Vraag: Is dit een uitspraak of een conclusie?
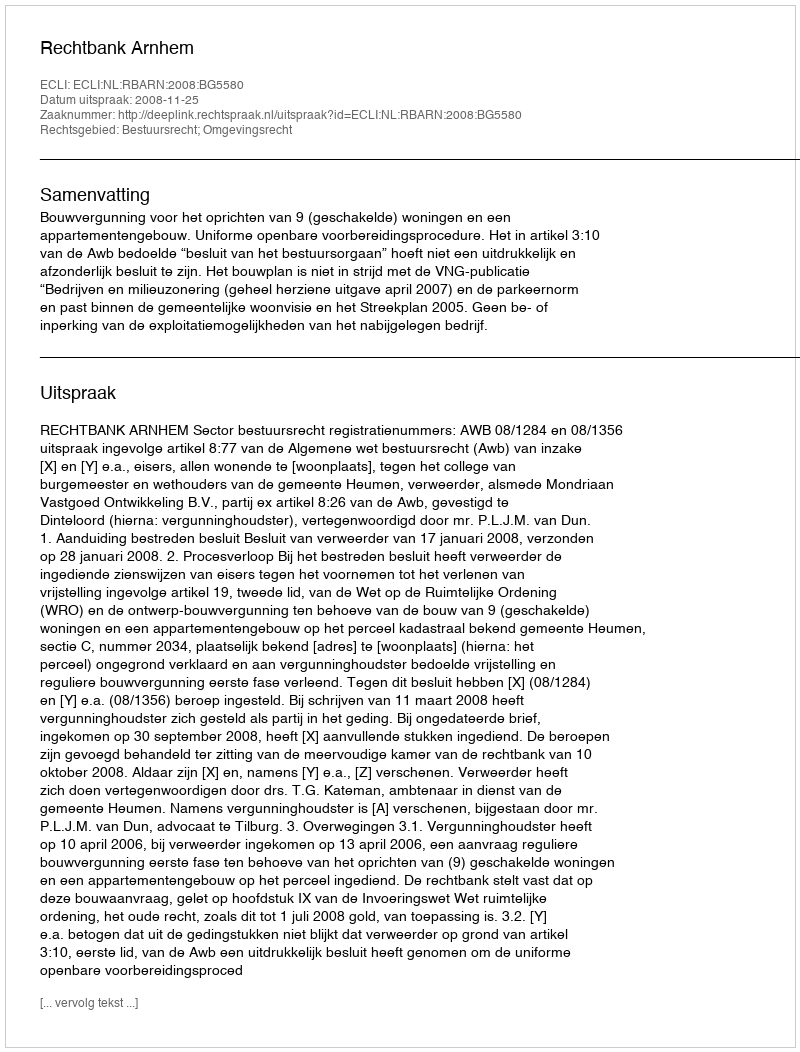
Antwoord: Uitspraak